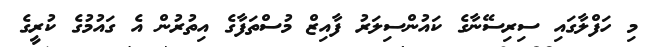
މި ހަފްލާގައި ސިރިސޭނާގެ ކައުންސިލަރު ފާއިޒް މުސްތަފާގެ އިތުރުން އެ ގައުމުގެ ކުރީގެ